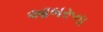
આબરૂના